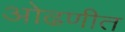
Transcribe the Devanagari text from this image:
ओढणीत